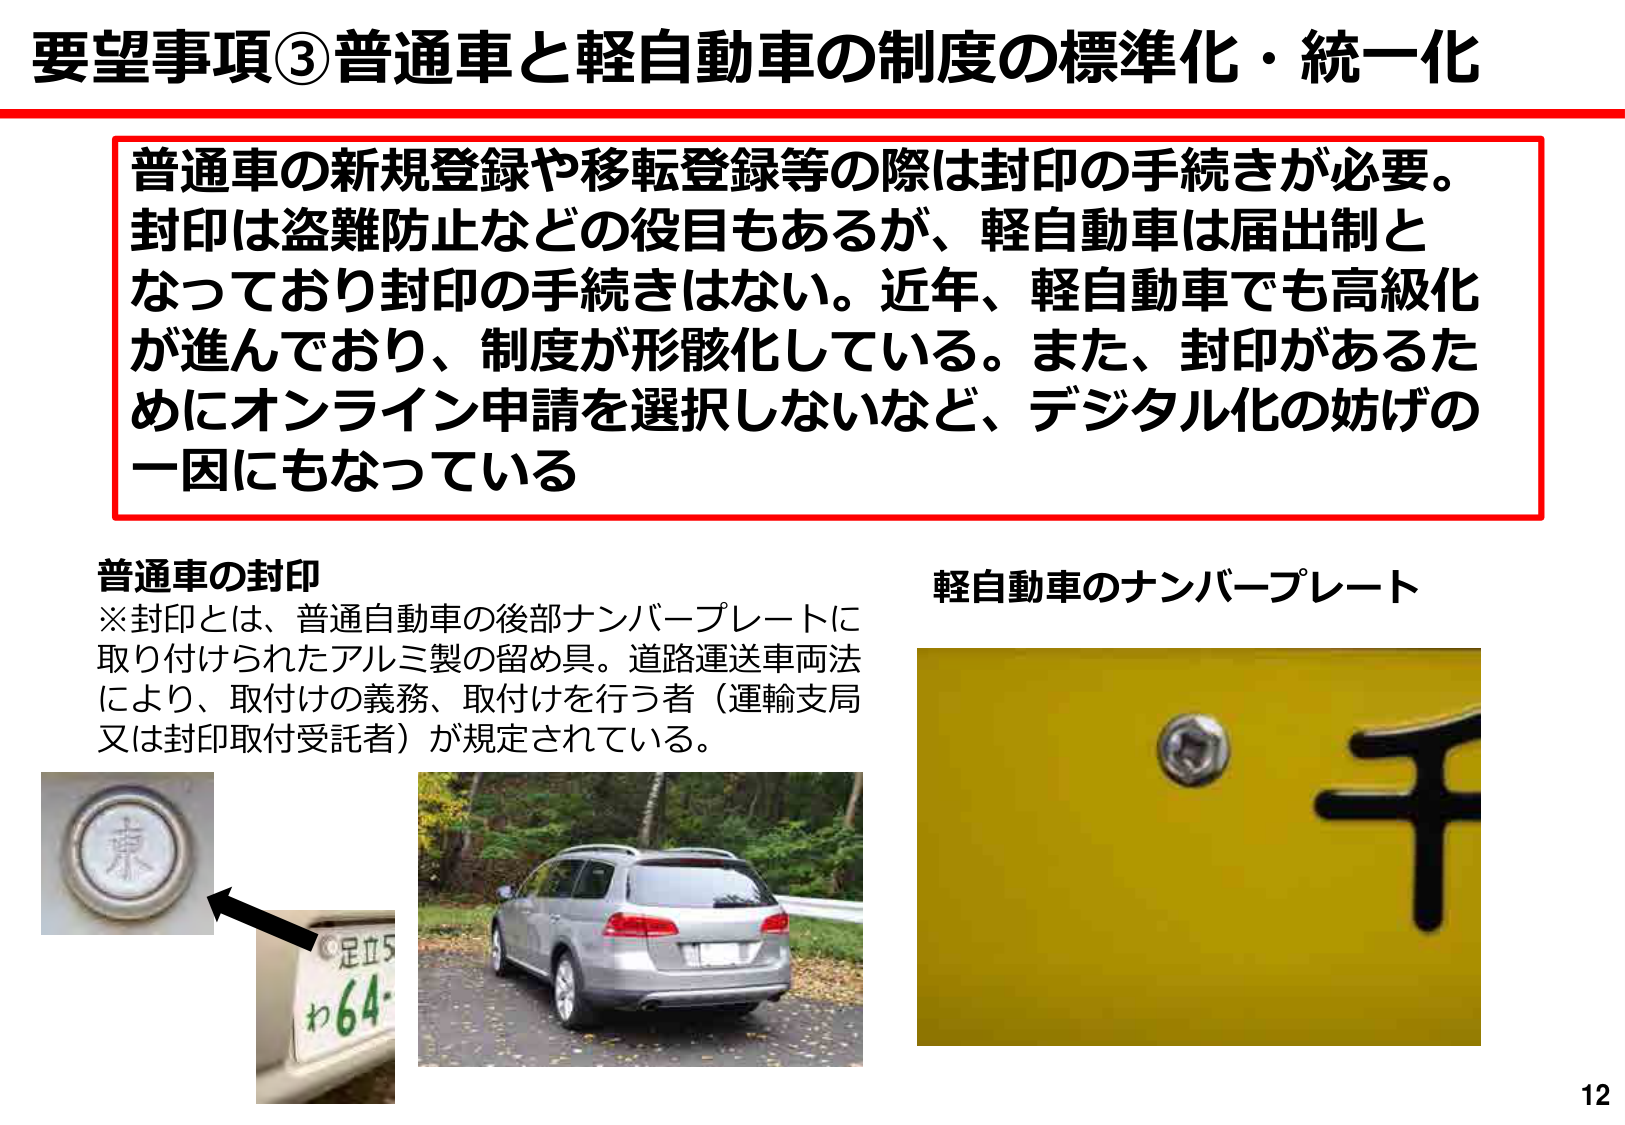
要望事項③普通車と軽自動車の制度の標準化・統一化

普通車の新規登録や移転登録等の際は封印の手続きが必要。封印は盗難防止などの役目もあるが、軽自動車は届出制となっており封印の手続きはない。近年、軽自動車でも高級化が進んでおり、制度が形骸化している。また、封印があるためにオンライン申請を選択しないなど、デジタル化の妨げの一因にもなっている

普通車の封印
※封印とは、普通自動車の後部ナンバープレートに取り付けられたアルミ製の留め具。道路運送車両法により、取付けの義務、取付けを行う者（運輸支局又は封印取付受託者）が規定されている。

軽自動車のナンバープレート

東
足立5
わ64-

12